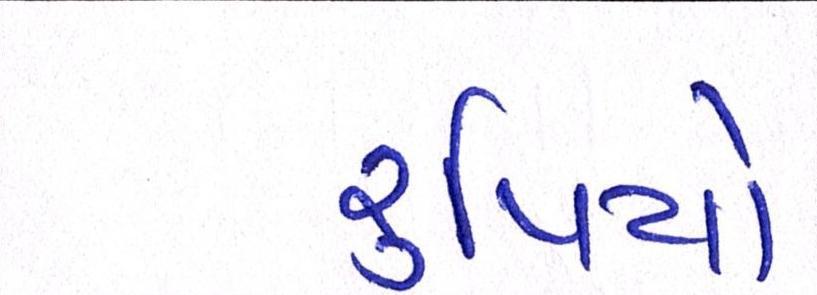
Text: રૃપિયો